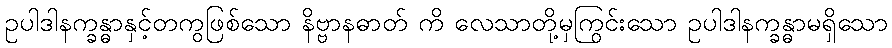
ဥပါဒါနက္ခန္ဓာနှင့်တကွဖြစ်သော နိဗ္ဗာနဓာတ် ကိ လေသာတို့မှကြွင်းသော ဥပါဒါနက္ခန္ဓာမရှိသော